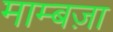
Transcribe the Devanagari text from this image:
माम्बज़ा